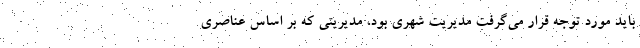
باید مورد توجه قرار می‌گرفت مدیریت شهری بود، مدیریتی که بر اساس عناصری